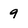
Character: 9